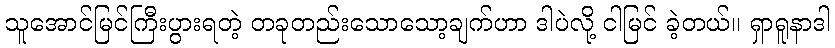
သူအောင်မြင်ကြီးပွားရတဲ့ တခုတည်းသောသော့ချက်ဟာ ဒါပဲလို့ ငါမြင် ခဲ့တယ်။ ရှာရူနာဒါ